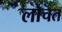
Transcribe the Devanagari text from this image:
लोचत